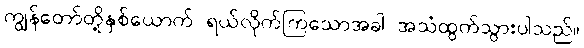
ကျွန်တော်တို့နှစ်ယောက် ရယ်လိုက်ကြသောအခါ အသံထွက်သွားပါသည်။